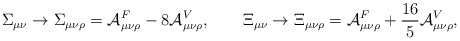
\begin{align*}\Sigma _{\mu \nu }\rightarrow \Sigma _{\mu \nu \rho }={\cal A}_{\mu \nu \rho}^{F}-8{\cal A}_{\mu \nu \rho }^{V},\qquad \Xi _{\mu \nu }\rightarrow \Xi_{\mu \nu \rho }={\cal A}_{\mu \nu \rho }^{F}+{\frac{16}{5}}{\cal A}_{\mu\nu \rho }^{V},\end{align*}